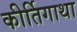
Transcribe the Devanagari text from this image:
कीर्तिगाथा